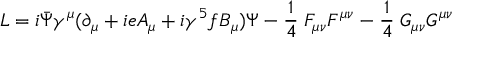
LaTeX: { \cal L } = i \bar { \Psi } \gamma ^ { \mu } ( \partial _ { \mu } + i e A _ { \mu } + i \gamma ^ { 5 } f B _ { \mu } ) \Psi - { \frac { 1 } { 4 } } \; F _ { \mu \nu } F ^ { \mu \nu } - { \frac { 1 } { 4 } } \; G _ { \mu \nu } G ^ { \mu \nu }